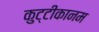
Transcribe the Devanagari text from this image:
कुट्टीकानम